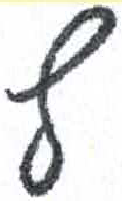
אות: ף